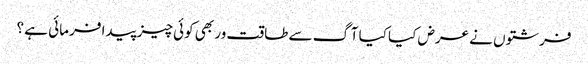
فرشتوں نے عرض کیا کیا آگ سے طاقت ور بھی کوئی چیز پیدا فرمائی ہے ؟